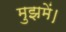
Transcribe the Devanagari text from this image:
मुझमें।